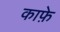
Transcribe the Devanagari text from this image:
काफ़े